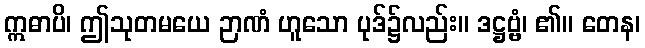
ဣဓာပိ၊ ဤသုတမယေ ဉာဏံ ဟူသော ပုဒ်၌လည်း။ ဒဋ္ဌဗ္ဗံ၊ ၏။ တေန၊